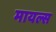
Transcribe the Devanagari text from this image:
मायल्स